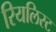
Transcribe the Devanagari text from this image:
रियलिस्ट